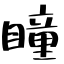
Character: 瞳